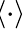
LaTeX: \! \left\langle{\cdot}\right\rangle